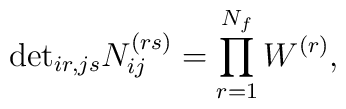
\mbox{det}_{ir,js}N_{ij}^{(rs)}=  \prod_{r=1}^{N_f} W^{(r)},